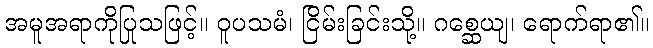
အမူအရာကိုပြုသဖြင့်။ ဝူပသမံ၊ ငြိမ်းခြင်းသို့။ ဂစ္ဆေယျ၊ ရောက်ရာ၏။